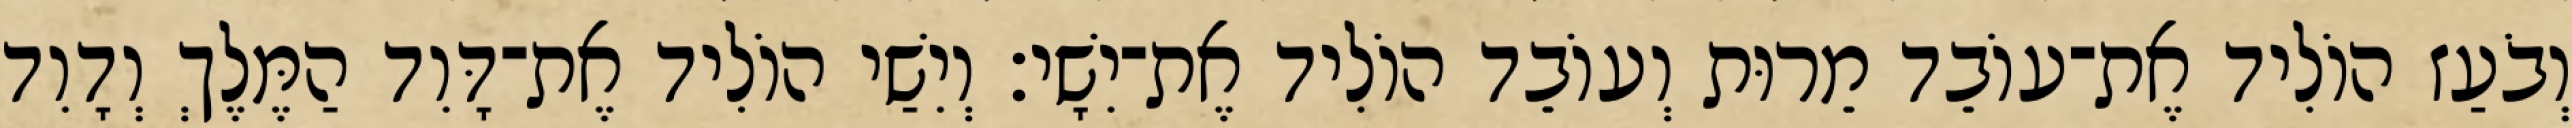
וְבֹעַז הוֹלִיד אֶת־עוֹבֵד מֵרוּת וְעוֹבֵד הוֹלִיד אֶת־יִשָׁי׃ וְיִשַׁי הוֹלִיד אֶת־דָּוִד הַמֶּלֶךְ וְדָוִד